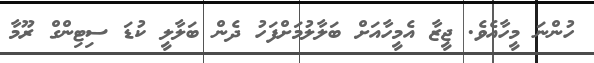
ހުންނަ މީހާއެވެ. ޖީޒާ އެމީހާއަށް ބަލާލުމަށްފަހު ދެން ބަލާލީ ކުޑަ ސިޓިންގް ރޫމާ